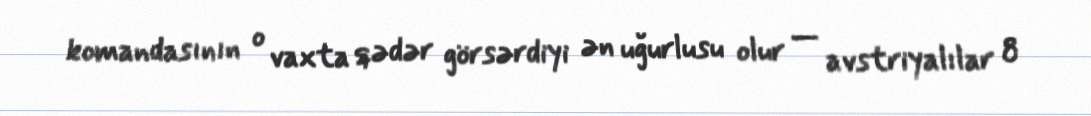
komandasının o vaxta qədər görsərdiyi ən uğurlusu olur — avstriyalılar 8